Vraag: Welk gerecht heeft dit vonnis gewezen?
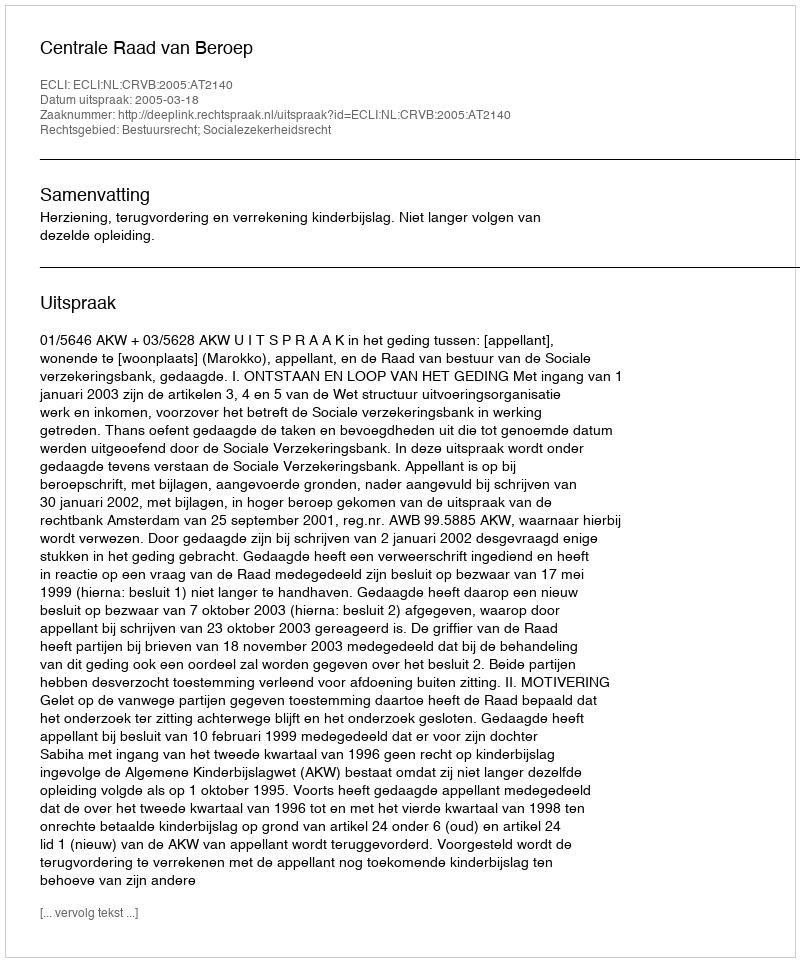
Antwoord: Centrale Raad van Beroep